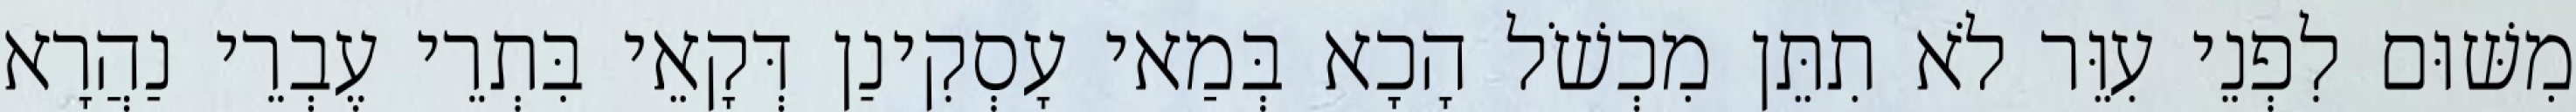
מִשּׁוּם לִפְנֵי עִוֵּר לֹא תִתֵּן מִכְשֹׁל הָכָא בְּמַאי עָסְקִינַן דְּקָאֵי בִּתְרֵי עֶבְרֵי נַהֲרָא